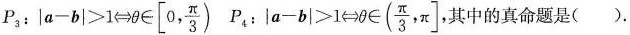
$$P_{3}:|a-b|>1 \Leftrightarrow \theta \in\left[0, \frac{\pi}{3}\right)$$ $$P_{4}:|a-b|>1 \Leftrightarrow \theta \in\left(\frac{\pi}{3}, \pi\right]$$,其中的真命题是（）.